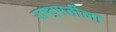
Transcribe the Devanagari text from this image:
राष्ट्रपतीला